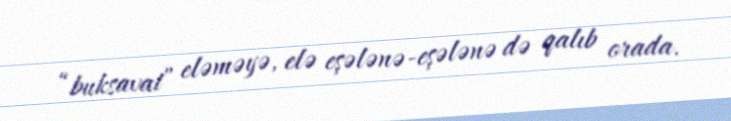
“buksavat” eləməyə, elə eşələnə-eşələnə də qalıb orada.